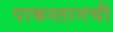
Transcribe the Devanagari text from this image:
पाकस्तानची